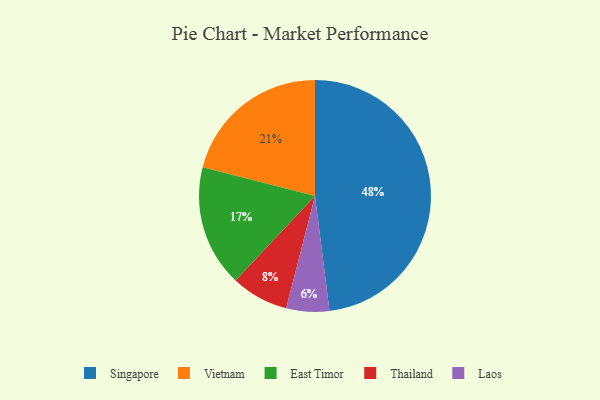
{"axis": {"x": "Category", "y": "Percentage"}, "legend": ["East Timor", "Laos", "Singapore", "Thailand", "Vietnam"], "data": [{"x": "Thailand", "y": 8, "type": "Thailand"}, {"x": "East Timor", "y": 17, "type": "East Timor"}, {"x": "Laos", "y": 6, "type": "Laos"}, {"x": "Singapore", "y": 48, "type": "Singapore"}, {"x": "Vietnam", "y": 21, "type": "Vietnam"}]}